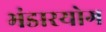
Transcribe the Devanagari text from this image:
भंडारयोग